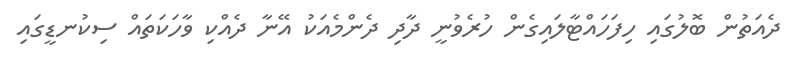
ދެއަތުން ބޮލުގައި ހިފަހައްޓާލައިގެން ހުރެވުނީ ދާދި ދެންމެއަކު އޭނާ ދެއްކި ވާހަކަތައް ސިކުނޑީގައި